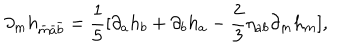
\partial _ { m } h _ { \bar { m } \bar { a } \bar { b } } = \frac { 1 } { 5 } [ \partial _ { a } h _ { b } + \partial _ { b } h _ { a } - \frac { 2 } { 3 } \eta _ { a b } \partial _ { m } h _ { m } ] ,